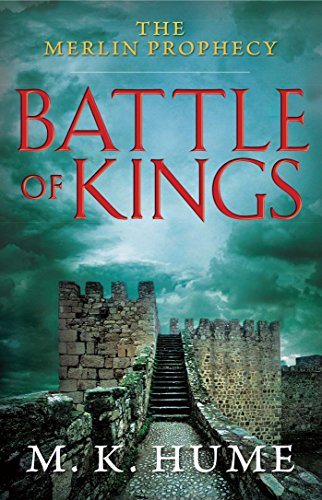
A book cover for The Merlin Prophecy Book One: Battle of Kings; M. K. Hume; Science Fiction & Fantasy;